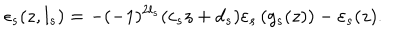
\epsilon _ { s } ( z , l _ { s } ) = - ( - 1 ) ^ { 2 l _ { s } } ( c _ { s } z + d _ { s } ) \varepsilon _ { s } \left( g _ { s } ( z ) \right) - \varepsilon _ { s } ( z ) .